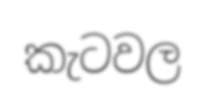
කැටවල